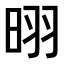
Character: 𪰣